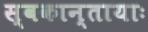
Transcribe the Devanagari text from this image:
स्वकान्तायाः